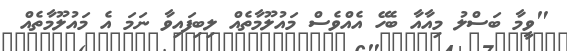
"ވީމާ ބަސްލު މިއާއާ ބެހޭ އެއްވެސް މައުލޫމާތެއް ލިބިފައިވާ ނަމަ އެ މައުލޫމާތެއް